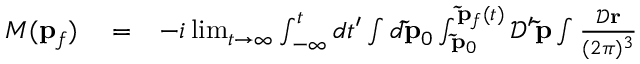
\begin{array} { r l r } { M ( \mathbf { p } _ { f } ) } & { { } = } & { - i \operatorname* { l i m } _ { t \rightarrow \infty } \int _ { - \infty } ^ { t } d t ^ { \prime } \int d \mathbf { \tilde { p } } _ { 0 } \int _ { \mathbf { \tilde { p } } _ { 0 } } ^ { \mathbf { \tilde { p } } _ { f } ( t ) } \mathcal { D } ^ { \prime } \mathbf { \tilde { p } } \int \frac { \mathcal { D } \mathbf { r } } { ( 2 \pi ) ^ { 3 } } } \end{array}